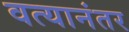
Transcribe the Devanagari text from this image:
वत्यानंतर